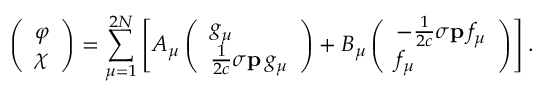
\left( \begin{array} { l } { \varphi } \\ { \chi } \end{array} \right) = \sum _ { \mu = 1 } ^ { 2 N } \left[ A _ { \mu } \left( \begin{array} { l } { g _ { \mu } } \\ { \frac { 1 } { 2 c } \boldsymbol { \sigma } \mathbf { p } \, g _ { \mu } } \end{array} \right) + B _ { \mu } \left( \begin{array} { l } { - \frac { 1 } { 2 c } \boldsymbol { \sigma } \mathbf { p } \, f _ { \mu } } \\ { f _ { \mu } } \end{array} \right) \right] .